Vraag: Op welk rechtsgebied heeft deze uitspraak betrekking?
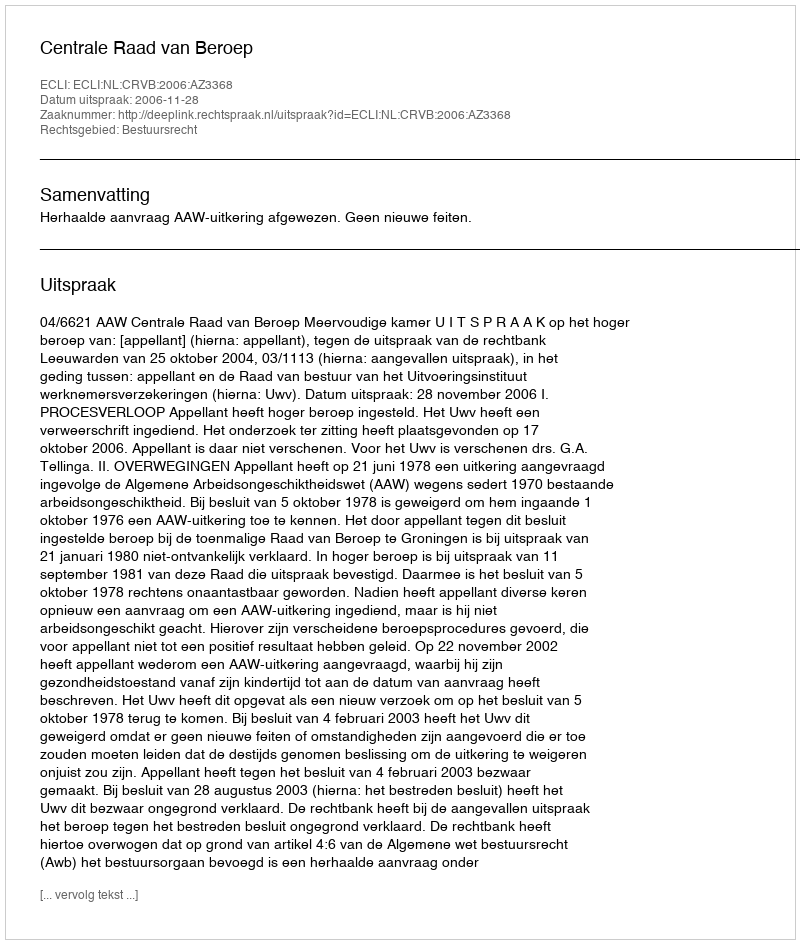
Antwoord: Bestuursrecht